Civil Veterinary Department. Madras. Admin. report 1910-25 - 1910-1925
Year: 1910
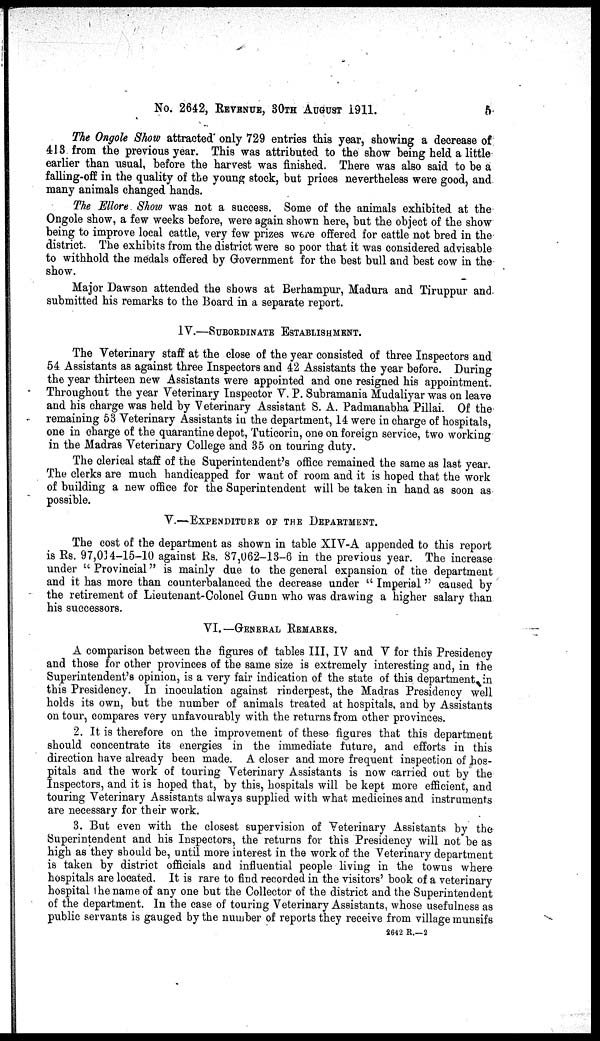
No. 2642, REVENUE, 30TH AUGUST 1911.
5
The Ongole Show attracted only 729 entries this year, showing a decrease of
413 from the previous year. This was attributed to the show being held a little
earlier than usual, before the harvest was finished. There was also said to be a
falling-off in the quality of the young stock, but prices nevertheless were good, and
many animals changed hands.
The Ellore. Show was not a success. Some of the animals exhibited at the
Ongole show, a few weeks before, were again shown here, but the object of the show
being to improve local cattle, very few prizes were offered for cattle not bred in the
district. The exhibits from the district were so poor that it was considered advisable
to withhold the medals offered by Government for the best bull and best cow in the
show.
Major Dawson attended the shows at Berhampur, Madura and Tiruppur and
submitted his remarks to the Board in a separate report.
IV.—SUBORDINATE ESTABLISHMENT
The Veterinary staff at the close of the year consisted of three Inspectors and
54 Assistants as against three Inspectors and 42 Assistants the year before. During
the year thirteen new Assistants were appointed and one resigned his appointment.
Throughout the year Veterinary Inspector V. P. Subramania Mudaliyar was on leave
and his charge was held by Veterinary Assistant S. A. Padmanabha Pillai. Of the
remaining 53 Veterinary Assistants in the department, 14 were in charge of hospitals,
one in charge of the quarantine depot, Tuticorin, one on foreign service, two working
in the Madras Veterinary College and 35 on touring duty.
The clerical staff of the Superintendent's office remained the same as last year.
The clerks are much handicapped for want of room and it is hoped that the work
of building a new office for the Superintendent will be taken in hand as soon as
possible.
V.—EXPENDITURE OF THE DEPARTMENT
The cost of the department as shown in table XIV-A appended to this report
is Rs. 97,014-15-10 against Rs. 87,062-13-6 in the previous year. The increase
under " Provincial" is mainly due to the general expansion of the department
and it has more than counterbalanced the decrease under " Imperial" caused by
the retirement of Lieutenant-Colonel Gunn who was drawing a higher salary than
his successors.
VI.—GENERAL REMARKS.
A comparison between the figures of tables III, IV and V for this Presidency
and those for other provinces of the same size is extremely interesting and, in the
Superintendent's opinion, is a very fair indication of the state of this department in
this Presidency. In inoculation against rinderpest, the Madras Presidency well
holds its own, but the number of animals treated at hospitals, and by Assistants
on tour, compares very unfavourably with the returns from other provinces.
2. It is therefore on the improvement of these figures that this department
should concentrate its energies in the immediate future, and efforts in this
direction have already been made. A closer and more frequent inspection of hos-
pitals and the work of touring Veterinary Assistants is now carried out by the
Inspectors, and it is hoped that, by this, hospitals will be kept more efficient, and
touring Veterinary Assistants always supplied with what medicines and instruments
are necessary for their work.
3. But even with the closest supervision of Veterinary Assistants by the
Superintendent and his Inspectors, the returns for this Presidency will not be as
high as they should be, until more interest in the work of the Veterinary department
is taken by district officials and influential people living in the towns where
hospitals are located. It is rare to find recorded in the visitors' book of a veterinary
hospital the name of any one but the Collector of the district and the Superintendent
of the department. In the case of touring Veterinary Assistants, whose usefulness as
public servants is gauged by the number of reports they receive from village munsifs
2642 R.—2